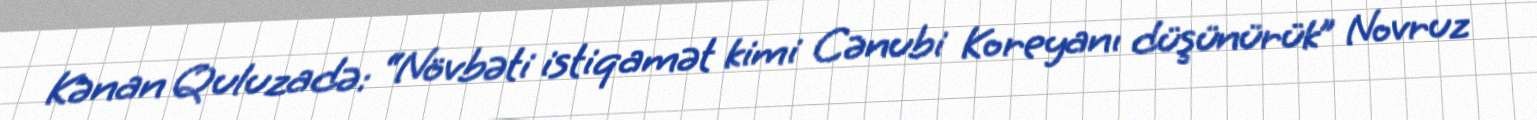
Kənan Quluzadə: “Növbəti istiqamət kimi Cənubi Koreyanı düşünürük” Novruz